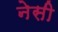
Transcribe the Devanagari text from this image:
नेसी